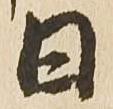
日